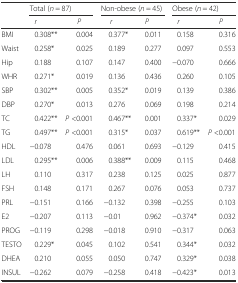
<table><thead><tr><td rowspan="2"></td><td colspan="2"><b>Total (<i>n</i> = 87)</b></td><td colspan="2"><b>Non-obese (<i>n</i> = 45)</b></td><td colspan="2"><b>Obese (<i>n</i> = 42)</b></td></tr><tr><td><b><i>r</i></b></td><td><b><i>P</i></b></td><td><b><i>r</i></b></td><td><b><i>P</i></b></td><td><b><i>r</i></b></td><td><b><i>P</i></b></td></tr></thead><tbody><tr><td>BMI</td><td>0.308**</td><td>0.004</td><td>0.377*</td><td>0.011</td><td>0.158</td><td>0.316</td></tr><tr><td>Waist</td><td>0.258*</td><td>0.025</td><td>0.189</td><td>0.277</td><td>0.097</td><td>0.553</td></tr><tr><td>Hip</td><td>0.188</td><td>0.107</td><td>0.147</td><td>0.400</td><td>−0.070</td><td>0.666</td></tr><tr><td>WHR</td><td>0.271*</td><td>0.019</td><td>0.136</td><td>0.436</td><td>0.260</td><td>0.105</td></tr><tr><td>SBP</td><td>0.302**</td><td>0.005</td><td>0.352*</td><td>0.019</td><td>0.139</td><td>0.386</td></tr><tr><td>DBP</td><td>0.270*</td><td>0.013</td><td>0.276</td><td>0.069</td><td>0.198</td><td>0.214</td></tr><tr><td>TC</td><td>0.422**</td><td><i>P</i> &lt;0.001</td><td>0.467**</td><td>0.001</td><td>0.337*</td><td>0.029</td></tr><tr><td>TG</td><td>0.497**</td><td><i>P</i> &lt;0.001</td><td>0.315*</td><td>0.037</td><td>0.619**</td><td><i>P</i> &lt;0.001</td></tr><tr><td>HDL</td><td>−0.078</td><td>0.476</td><td>0.061</td><td>0.693</td><td>−0.129</td><td>0.415</td></tr><tr><td>LDL</td><td>0.295**</td><td>0.006</td><td>0.388**</td><td>0.009</td><td>0.115</td><td>0.468</td></tr><tr><td>LH</td><td>0.110</td><td>0.317</td><td>0.238</td><td>0.125</td><td>0.025</td><td>0.877</td></tr><tr><td>FSH</td><td>0.148</td><td>0.171</td><td>0.267</td><td>0.076</td><td>0.053</td><td>0.737</td></tr><tr><td>PRL</td><td>−0.151</td><td>0.166</td><td>−0.132</td><td>0.398</td><td>−0.255</td><td>0.103</td></tr><tr><td>E2</td><td>−0.207</td><td>0.113</td><td>−0.01</td><td>0.962</td><td>−0.374*</td><td>0.032</td></tr><tr><td>PROG</td><td>−0.119</td><td>0.298</td><td>−0.018</td><td>0.910</td><td>−0.317</td><td>0.063</td></tr><tr><td>TESTO</td><td>0.229*</td><td>0.045</td><td>0.102</td><td>0.541</td><td>0.344*</td><td>0.032</td></tr><tr><td>DHEA</td><td>0.210</td><td>0.055</td><td>0.050</td><td>0.747</td><td>0.329*</td><td>0.038</td></tr><tr><td>INSUL</td><td>−0.262</td><td>0.079</td><td>−0.258</td><td>0.418</td><td>−0.423*</td><td>0.013</td></tr></tbody></table>